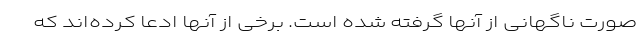
صورت ناگهانی از آنها گرفته شده است. برخی از آنها ادعا کرده‌اند که